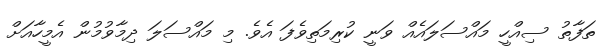
ތަފާތު ސިއްހީ މައްސަލައެއް ވަނީ ކުރިމަތިވެފަ އެވެ. މި މައްސަލަ ދިމާވުމުން އެމީހާއަށް